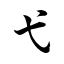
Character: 弋